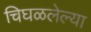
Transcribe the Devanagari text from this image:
चिघळलेल्या